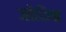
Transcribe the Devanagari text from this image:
जोकिच